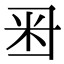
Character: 𥸨